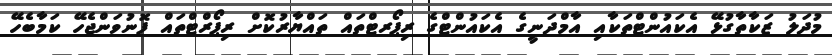
މުދަލު ޒަކާތާގުޅޭ އެކައުންޓްތަކާއި އާމްދަނީގެ އެކައުންޓްގެ ރިޕޯރޓްތައް ތައްޔާރުކޮށް ރިޕޯރްޓްތައް ފޮނުވަންޖެހޭ ކަމާބެހޭ